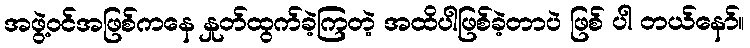
အဖွဲ့ဝင်အဖြစ်ကနေ နှုတ်ထွက်ခဲ့ကြတဲ့ အထိပါဖြစ်ခဲ့တာပဲ ဖြစ် ပါ တယ်နော်။